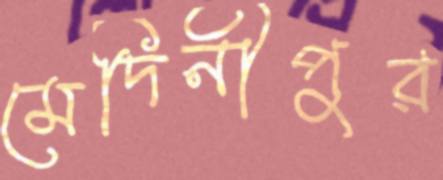
মেদিনীপুর